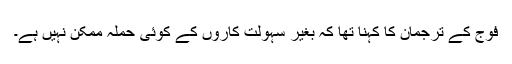
فوج کے ترجمان کا کہنا تھا کہ بغیر سہولت کاروں کے کوئی حملہ ممکن نہیں ہے۔